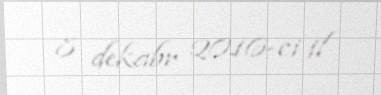
8 dekabr 2016-ci il